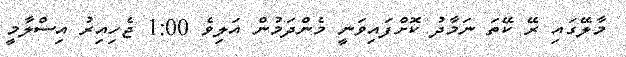
މާލޭގައި ރޭ ކޭތަ ނަމާދު ކޮށްފައިވަނީ މެންދަމުން އަލިވެ 1:00 ޖެހިއިރު އިސްލާމީ